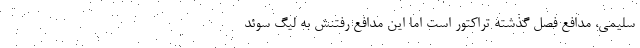
سلیمی، مدافع فصل گذشته تراکتور است اما این مدافع رفتنش به لیگ سوئد